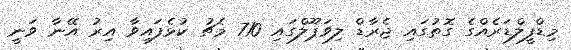
މިޑްފީލްޑަރެއްގެ ގޮތުގައި ޖެރާޑް ލިވަޕޫލްގައި 710 މެޗު ކުޅެފައިވާ އިރު އޭނާ ވަނީ